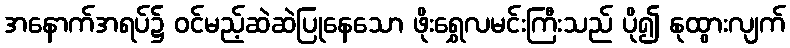
အနောက်အရပ်၌ ဝင်မည့်ဆဲဆဲပြုနေသော ဖိုးရွှေလမင်းကြီးသည် ပို၍ နုထွားလျက်